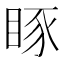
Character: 𥆋